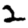
Digit: 2